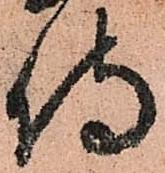
侍